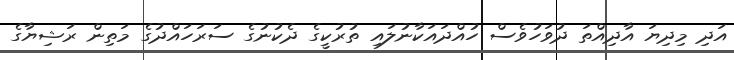
އަދި މިދިޔަ އާދިއްތަ ދުވަހުވެސް ހުއްދައަކާނުލައި ތުރުކީގެ ދެކުނުގެ ސަރަހައްދުގެ މަތިން ރަޝިޔާގެ